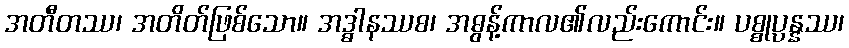
အတီတဿ၊ အတိတ်ဖြစ်သော။ အဒ္ဓါနဿစ၊ အဓွန့်ကာလ၏လည်းကောင်း။ ပစ္စုပ္ပန္နဿ၊